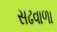
સઢવાળા